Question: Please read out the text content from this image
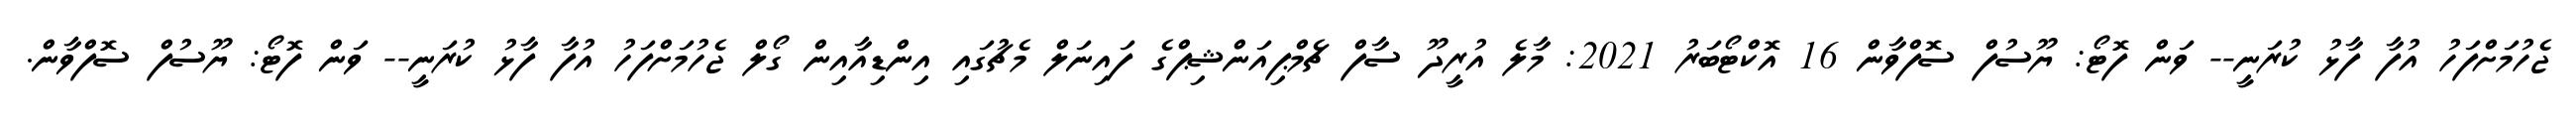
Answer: ޖެހުމަށްފަހު އުފާ ފާޅު ކުރަނީ-- ވަން ފޮޓޯ: ޔޫސުފް ސޮފްވާން 16 އޮކްޓޯބަރު 2021: މާލެ އުރީދޫ ސާފް ޗެމްޕިއަންޝިޕްގެ ފައިނަލް މެޗުގައި އިންޑިއާއިން ގޯލް ޖެހުމަށްފަހު އުފާ ފާޅު ކުރަނީ-- ވަން ފޮޓޯ: ޔޫސުފް ސޮފްވާން.